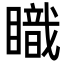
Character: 𥋏